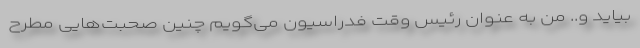
بیاید و.. من به عنوان رئیس وقت فدراسیون می‌گویم چنین صحبت‌هایی مطرح